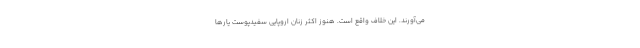
می‌آورند. این خلاف واقع است. هنوز اکثر زنان اروپایی سفیدپوست یارها